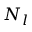
N _ { l }